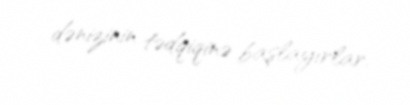
dənizinin tədqiqinə başlayırlar.